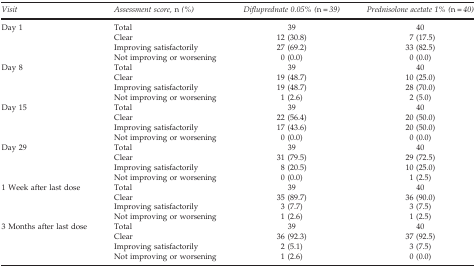
| Visit | Assessment score, n (%) | Difluprednate 0.05% (n=39) | Prednisolone acetate 1% (n=40) |
 | --- | --- | --- | --- |
 | Day 1 | Total | 39 | 40 |
 |  | Clear | 12 (30.8) | 7 (17.5) |
 |  | Improving satisfactorily | 27 (69.2) | 33 (82.5) |
 |  | Not improving or worsening | 0 (0.0) | 0 (0.0) |
 | Day 8 | Total | 39 | 40 |
 |  | Clear | 19 (48.7) | 10 (25.0) |
 |  | Improving satisfactorily | 19 (48.7) | 28 (70.0) |
 |  | Not improving or worsening | 1 (2.6) | 2 (5.0) |
 | Day 15 | Total | 39 | 40 |
 |  | Clear | 22 (56.4) | 20 (50.0) |
 |  | Improving satisfactorily | 17 (43.6) | 20 (50.0) |
 |  | Not improving or worsening | 0 (0.0) | 0 (0.0) |
 | Day 29 | Total | 39 | 40 |
 |  | Clear | 31 (79.5) | 29 (72.5) |
 |  | Improving satisfactorily | 8 (20.5) | 10 (25.0) |
 |  | Not improving or worsening | 0 (0.0) | 1 (2.5) |
 | 1 Week after last dose | Total | 39 | 40 |
 |  | Clear | 35 (89.7) | 36 (90.0) |
 |  | Improving satisfactorily | 3 (7.7) | 3 (7.5) |
 |  | Not improving or worsening | 1 (2.6) | 1 (2.5) |
 | 3 Months after last dose | Total | 39 | 40 |
 |  | Clear | 36 (92.3) | 37 (92.5) |
 |  | Improving satisfactorily | 2 (5.1) | 3 (7.5) |
 |  | Not improving or worsening | 1 (2.6) | 0 (0.0) |